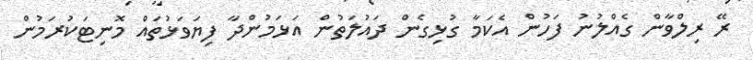
ރޭ ރިލްވާން ގެއްލުނު ފަހުން އެކަމާ ގުޅިގެން ދައުލަތުން އަޅަމުންދާ ފިޔަވަޅުތައް މޮނިޓަކުރަމުން